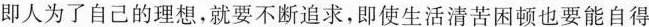
即人为了自己的理想，就要不断追求，即使生活清苦困顿也要能自得